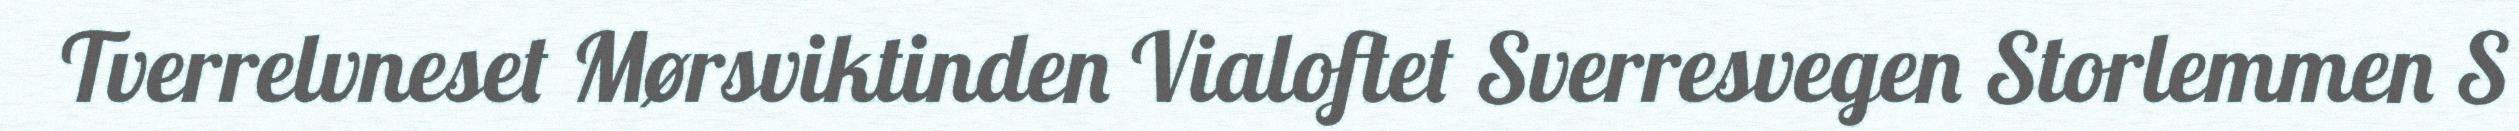
Tverrelvneset Mørsviktinden Vialoftet Sverresvegen Storlemmen S